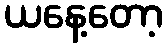
ယနေ့တော့